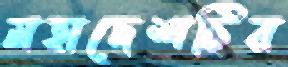
মহাদেশটির